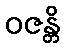
ဝဇန္တိ